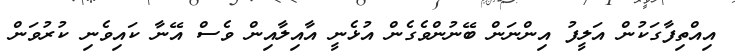
އިއްތިފާގަކުން އަލީފު އިންނަން ބޭނުންވެގެން އުޅެނީ އާއިލާއިން ވެސް އޭނާ ކައިވެނި ކުރުވަން